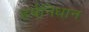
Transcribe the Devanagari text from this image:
हर्षनिधान